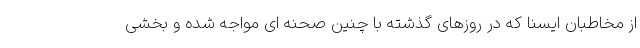
از مخاطبان ایسنا که در روزهای گذشته با چنین صحنه ای مواجه شده و بخشی